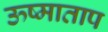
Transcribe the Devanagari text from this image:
ऊष्माताप